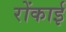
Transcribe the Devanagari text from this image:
रोंकाई